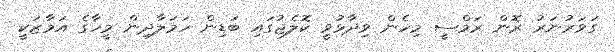
ގަވަރުނަރު ރޮން ރަމްސީ މިހެން ވިދާޅުވީ ކޮލެޖުގައި ބަޑިން ހަމަލާދިން މީހާގެ އަމާޒަކީ